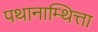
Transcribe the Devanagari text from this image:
पथानाम्थित्ता